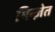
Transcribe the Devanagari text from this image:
मिन्ज़ेत